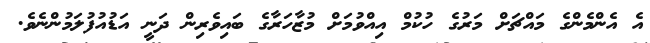
އެ އެންމެންގެ މައްޗަށް މަރުގެ ހުކުމް އިއްވުމަށް މުޒާހަރާގެ ބައިވެރިން ދަނީ އަޑުއުފުލަމުންނެވެ.